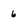
Character: 6